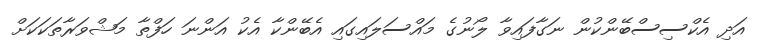
އަދި އެކްސިސްބޭންކުން ނަގާފައިވާ ލޯނުގެ މައްސަލައިގައި އެބޭންކާ އެކު އަންނަ ހަފްތާ މަޝްވަރާތަކަކަށް